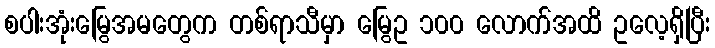
စပါးအုံးမြွေအမတွေက တစ်ရာသီမှာ မြွေဥ ၁၀၀ လောက်အထိ ဥလေ့ရှိပြီး